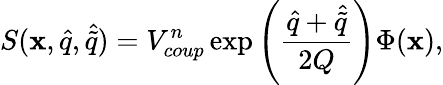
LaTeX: S(\mathbf{x},\hat{{q}},\hat{{\tilde{{q}}}})=V_{coup}^{n}\exp\left({\frac{{\hat{{q}}+\hat{{\tilde{{q}}}}}}{{2Q}}}\right)\Phi(\mathbf{x}),